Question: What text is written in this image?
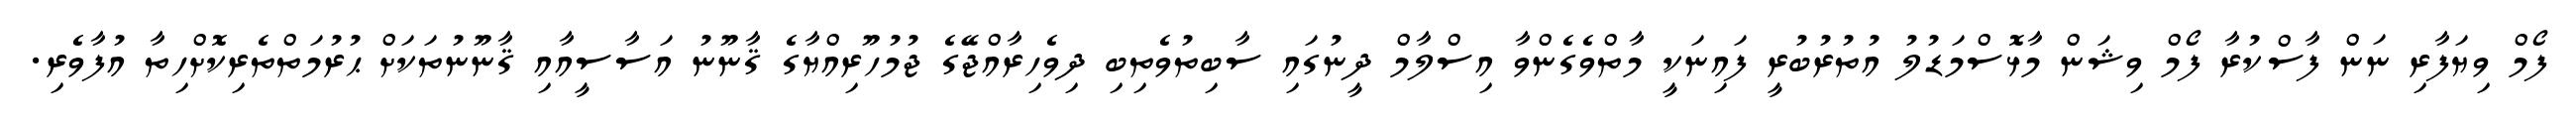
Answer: ފޯމް ވިޔަފާރި ނަން ފާސްކުރާ ފޯމް ވިޝަން މާޅޮސްމަޑުލު އުތުރުބުރީ ފައިނަކީ މާތްވެގެންވާ އިސްލާމް ދީނުގައި ސާބިތުވެތިބި ދިވެހިރާއްޖޭގެ ޖުމުހޫރިއްޔާގެ ޤާނޫނު އަސާސީއާއި ޤާނޫނުތަކަށް ޙުރުމަތްތެރިކޮށްހިތާ އުފާވެރި.